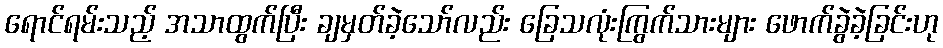
ရောင်ရမ်းသည့် အသာထွက်ပြီး ချမှတ်ခဲ့သော်လည်း ခြေသလုံးကြွက်သားများ ဖောက်ခွဲခဲ့ခြင်းဟု